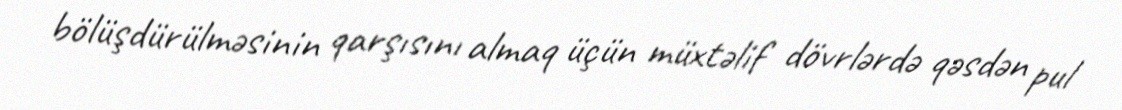
bölüşdürülməsinin qarşısını almaq üçün müxtəlif dövrlərdə qəsdən pul